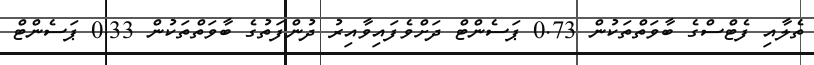
ތެލާއި ފެޓްސްގެ ބާވަތްތަކުން 0.73 ޕަސެންޓް ދަށްވެފައިވާއިރު ދުންފަތުގެ ބާވަތްތަކުން 0.33 ޕަސެންޓް